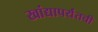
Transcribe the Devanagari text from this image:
खांद्यापर्यंतची